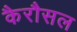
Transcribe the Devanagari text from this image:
कैरौसल